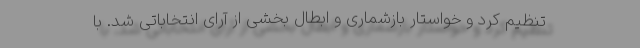
تنظیم کرد و خواستار بازشماری و ابطال بخشی از آرای انتخاباتی شد. با